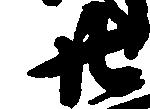
廿